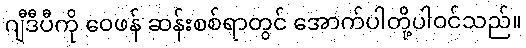
ဂျီဒီပီကို ဝေဖန် ဆန်းစစ်ရာတွင် အောက်ပါတို့ပါဝင်သည်။